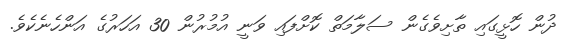
ދުން ހޮޅީގައި ތާށިވެގެން ސަލާމަތް ކޮށްފައި ވަނީ އުމުރުން 30 އަހަރުގެ އަންހެނެކެވެ.